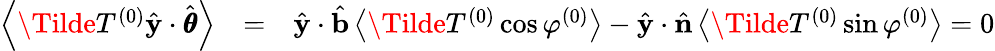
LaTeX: \begin{array}{rlr}{\left<\Tilde{T}^{(0)}\hat{\mathbf{y}}\cdot\hat{\pmb{\theta}}\right>}&{=}&{\hat{\mathbf{y}}\cdot\hat{\mathbf{b}}\left<\Tilde{T}^{(0)}\cos\varphi^{(0)}\right>-\hat{\mathbf{y}}\cdot\hat{\mathbf{n}}\left<\Tilde{T}^{(0)}\sin\varphi^{(0)}\right>=0}\end{array}